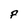
Character: F